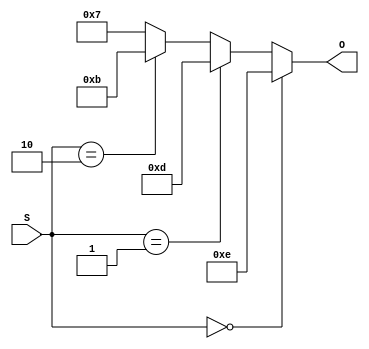
module Decoder_if(
    input [1:0] S,      // The select signal.
    output reg [3:0] O  // The 4-bit output.
);
    always @* begin
        if(S == 0)      O = 4'b1110;    // S = 00
        else if(S == 1) O = 4'b1101;    // S = 01
        else if(S == 2) O = 4'b1011;    // S = 10
        else O = 4'b0111;               // S = 11
    end
endmodule